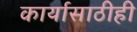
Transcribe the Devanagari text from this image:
कार्यासाठीही